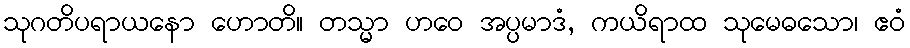
သုဂတိပရာယနော ဟောတိ။ တသ္မာ ဟဝေ အပ္ပမာဒံ, ကယိရာထ သုမေဓသော၊ ဧဝံ